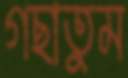
গছাতুম